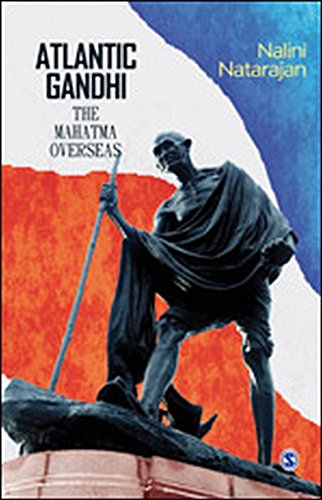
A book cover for Atlantic Gandhi: The Mahatma Overseas; Nalini Natarajan; Religion & Spirituality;